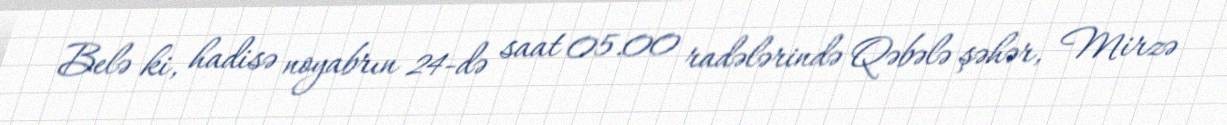
Belə ki, hadisə noyabrın 24-də saat 05.00 radələrində Qəbələ şəhər, Mirzə